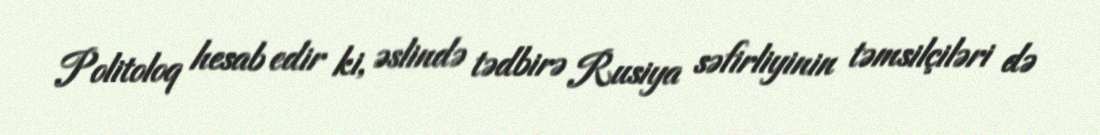
Politoloq hesab edir ki, əslində tədbirə Rusiya səfirliyinin təmsilçiləri də